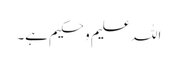
اللہ علیم و حکیم ہے۔